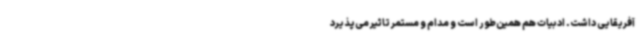
آفریقایی داشت. ادبیات هم همین‌طور است و مدام و مستمر تاثیر می‌پذیرد